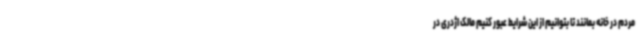
مردم در خانه بمانند تا بتوانیم از این شرایط عبور کنیم مالک اژدری در